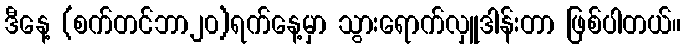
ဒီနေ့ (စက်တင်ဘာ၂၀)ရက်နေ့မှာ သွားရောက်လှူဒါန်းတာ ဖြစ်ပါတယ်။